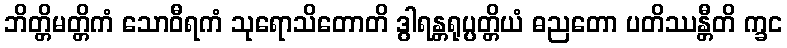
ဘိတ္တိမတ္တိကံ သောဝီရကံ သုရောသိတောတိ ဒွါရန္တရုပ္ပတ္တိယံ ဓညတော ပတိဿန္တီတိ က္ခင